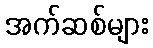
အက်ဆစ်များ